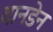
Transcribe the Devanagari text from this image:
वानडेन